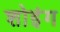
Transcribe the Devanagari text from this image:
शोइंग